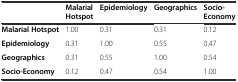
<table><thead><tr><td></td><td><b>Malarial Hotspot</b></td><td><b>Epidemiology</b></td><td><b>Geographics</b></td><td><b>Socio-Economy</b></td></tr></thead><tbody><tr><td><b>Malarial Hotspot</b></td><td>1.00</td><td>0.31</td><td>0.31</td><td>0.12</td></tr><tr><td><b>Epidemiology</b></td><td>0.31</td><td>1.00</td><td>0.55</td><td>0.47</td></tr><tr><td><b>Geographics</b></td><td>0.31</td><td>0.55</td><td>1.00</td><td>0.54</td></tr><tr><td><b>Socio-Economy</b></td><td>0.12</td><td>0.47</td><td>0.54</td><td>1.00</td></tr></tbody></table>